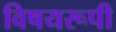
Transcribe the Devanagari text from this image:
विषयरूपी